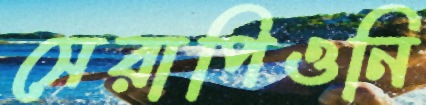
সেরাপিওনি